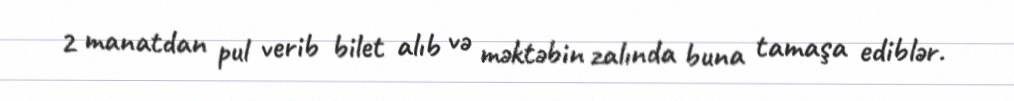
2 manatdan pul verib bilet alıb və məktəbin zalında buna tamaşa ediblər.